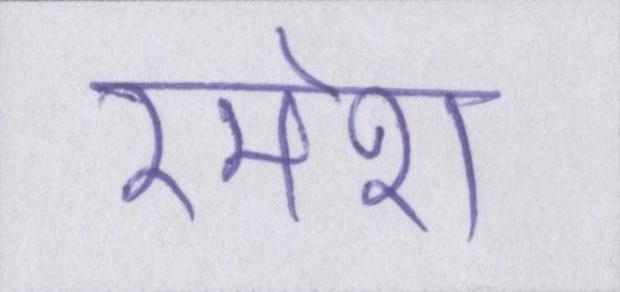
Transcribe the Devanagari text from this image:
रमेश